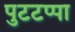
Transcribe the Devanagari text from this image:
पुटटप्पा